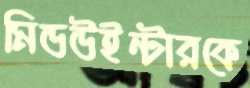
মিডউইন্টারকে